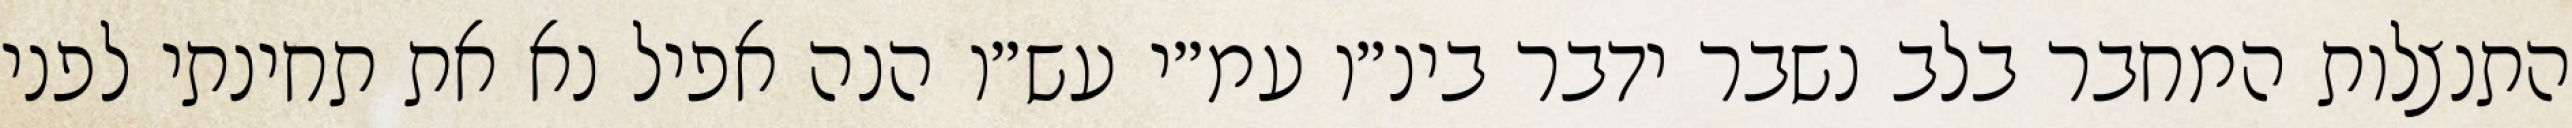
התנצלות המחבר בלב נשבר ידבר בינ״ו עמ״י עש״ו הנה אפיל נא את תחינתי לפני